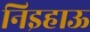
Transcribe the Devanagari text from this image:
निइहाऊ